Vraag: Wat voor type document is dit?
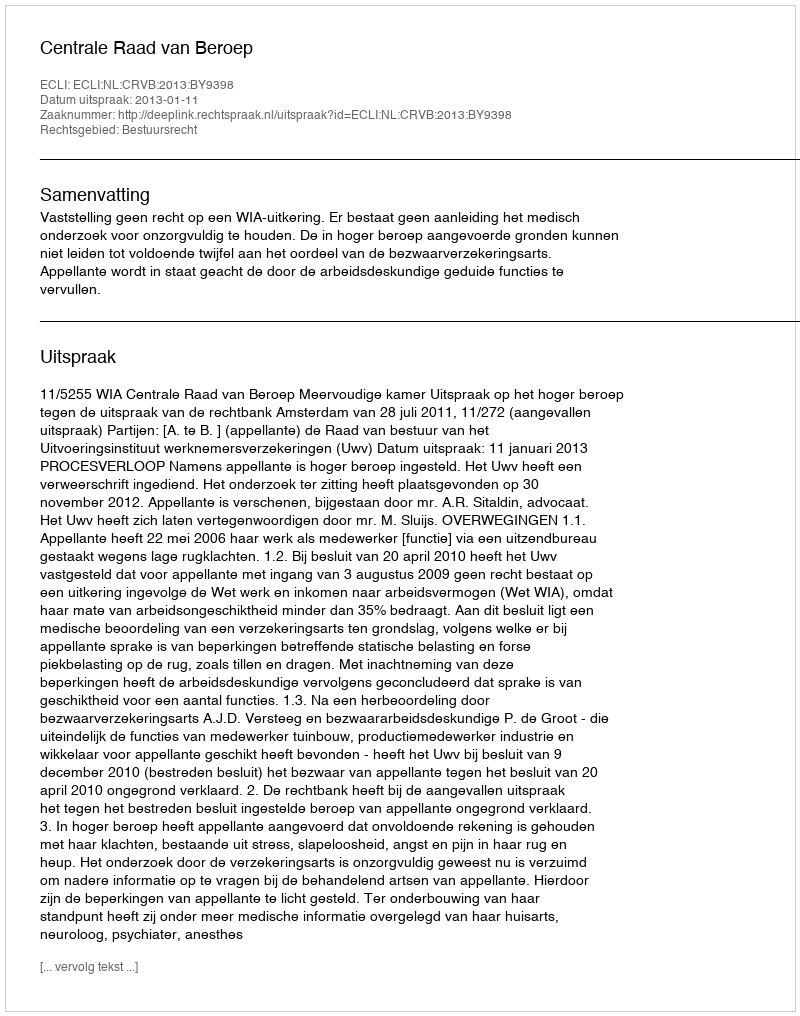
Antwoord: Uitspraak